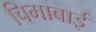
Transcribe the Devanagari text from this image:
चिमाबाई